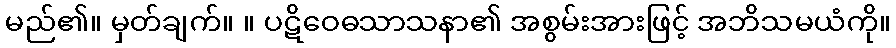
မည်၏။ မှတ်ချက်။ ။ ပဋိဝေဓသာသနာ၏ အစွမ်းအားဖြင့် အဘိသမယံကို။